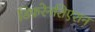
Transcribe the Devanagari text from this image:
डिफ़रेनशिएशन